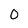
Character: 0